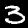
Label: 3